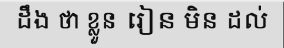
ដឹង ថា ខ្លួន រៀន មិន ដល់